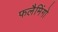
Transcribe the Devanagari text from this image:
फलैमिंगो